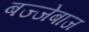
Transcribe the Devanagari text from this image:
बज्जेबाज